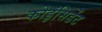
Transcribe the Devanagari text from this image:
कोइंसिडेंट